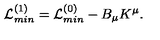
{ \cal L } _ { m i n } ^ { ( 1 ) } = { \cal L } _ { m i n } ^ { ( 0 ) } - B _ { \mu } K ^ { \mu } .